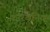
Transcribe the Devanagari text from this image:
कारबनिक